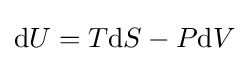
\mathrm {d} U=T\mathrm {d} S-P\mathrm {d} V